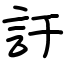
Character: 訏